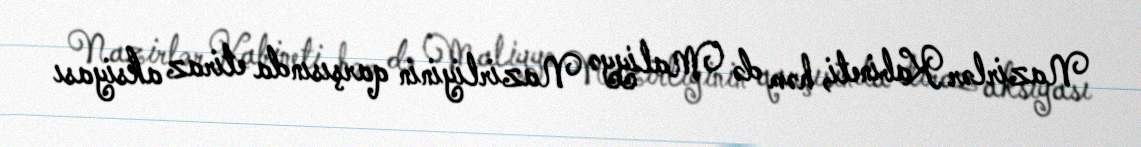
Nazirlər Kabineti, həm də Maliyyə Nazirliyinin qarşısında etiraz aksiyası